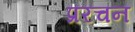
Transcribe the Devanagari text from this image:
प्ररचन